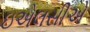
ઇએલસીએ